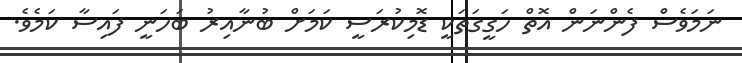
ނަމަވެސް ފެންނަން އޮތް ހަގީގަތަކީ ޑޮމިކުރަސީ ކަމަށް ބުނާއިރު ބަހަނީ ފައިސާ ކަމެވެ.